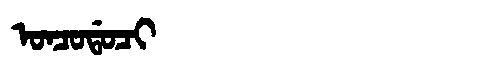
Manchu: ᠣᠨᠴᠣᡩᠣᠴᡳ
Romanization: ONCODOCI